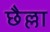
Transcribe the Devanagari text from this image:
छैल्ला